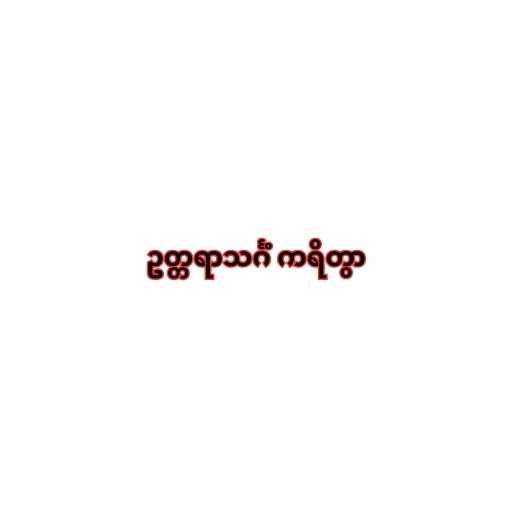
ဥတ္တရာသင်္ဂံ ကရိတွာ